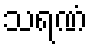
သရဏံ